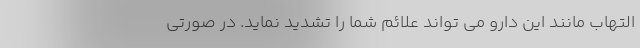
التهاب مانند این دارو می تواند علائم شما را تشدید نماید. در صورتی